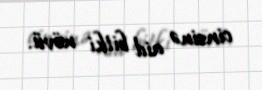
cinsinə aid bitki növü.